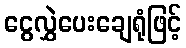
ငွေလွှဲပေးချေရုံဖြင့်